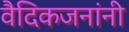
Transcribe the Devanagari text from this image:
वैदिकजनांनी